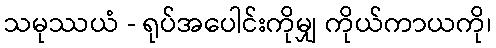
သမုဿယံ - ရုပ်အပေါင်းကိုမျှ ကိုယ်ကာယကို၊